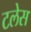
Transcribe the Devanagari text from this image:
टलेस